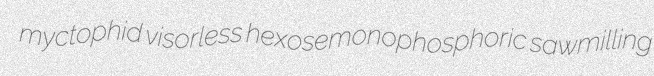
myctophid visorless hexosemonophosphoric sawmilling